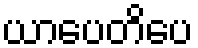
ယာပေတိပေ